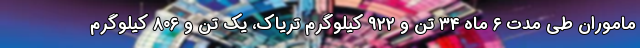
ماموران طی مدت ۶ ماه ۳۴ تن و ۹۲۲ کیلوگرم تریاک، یک تن و ۸۰۶ کیلوگرم